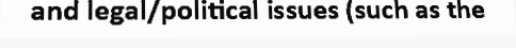
and legal/political issues (such as the